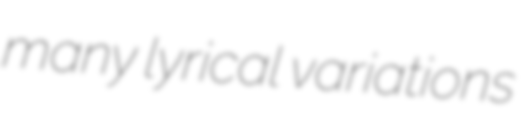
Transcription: many lyrical variations